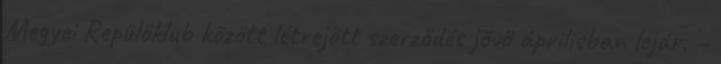
Megyei Repülőklub között létrejött szerződés jövő áprilisban lejár. –